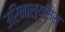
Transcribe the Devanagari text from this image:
उरिनाल्य्सिस